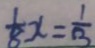
\frac { 1 } { 8 } x = \frac { 1 } { 3 }